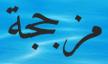
مزججة